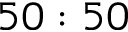
5 0 : 5 0